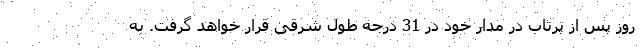
روز پس از پرتاب در مدار خود در 31 درجه طول شرقی قرار خواهد گرفت. به